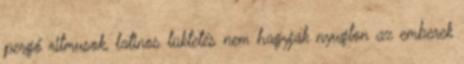
pergő ritmusok, latinos lüktetés nem hagyják nyugton az emberek